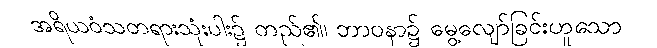
အရိယဝံသတရားသုံးပါး၌ တည်၏၊ ဘာဝနာ၌ မွေ့လျော်ခြင်းဟူသော